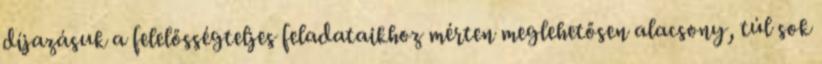
díjazásuk a felelősségteljes feladataikhoz mérten meglehetősen alacsony, túl sok